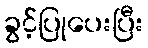
ခွင့်ပြုပေးပြီး